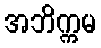
အဘိက္ကမ